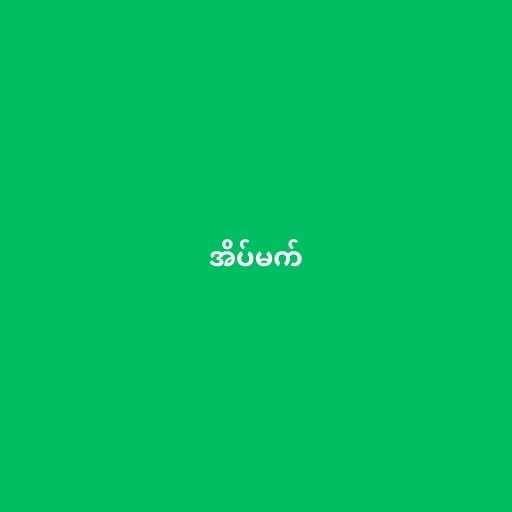
အိပ်မက်